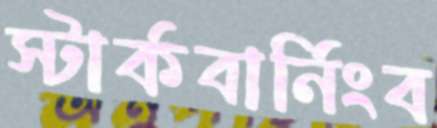
স্টার্কবার্নিংব